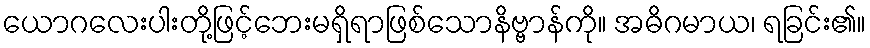
ယောဂလေးပါးတို့ဖြင့်ဘေးမရှိရာဖြစ်သောနိဗ္ဗာန်ကို။ အဓိဂမာယ၊ ရခြင်း၏။